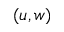
( u , w )